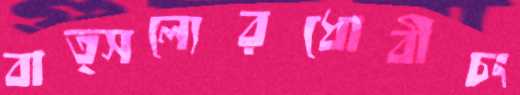
বাত্সল্যেরধোবীচং